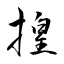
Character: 揘